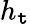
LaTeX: h_{\mathtt{t}}